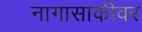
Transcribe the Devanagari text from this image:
नागासाकीवर